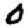
Digit: 0